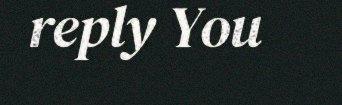
reply You